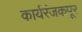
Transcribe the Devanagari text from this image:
कार्यरंजकपूर